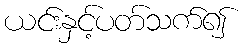
ယင်းနှင့်ပတ်သက်၍